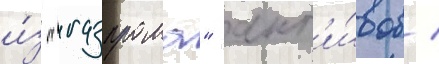
и́з "газпрома" акт'и́вов /